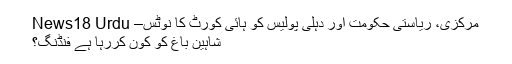
مرکزی، ریاستی حکومت اور دہلی پولیس کو ہائی کورٹ کا نوٹس– News18 Urdu
شاہین باغ کو کون کررہا ہے فنڈنگ؟